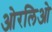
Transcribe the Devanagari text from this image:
ओरलिओ